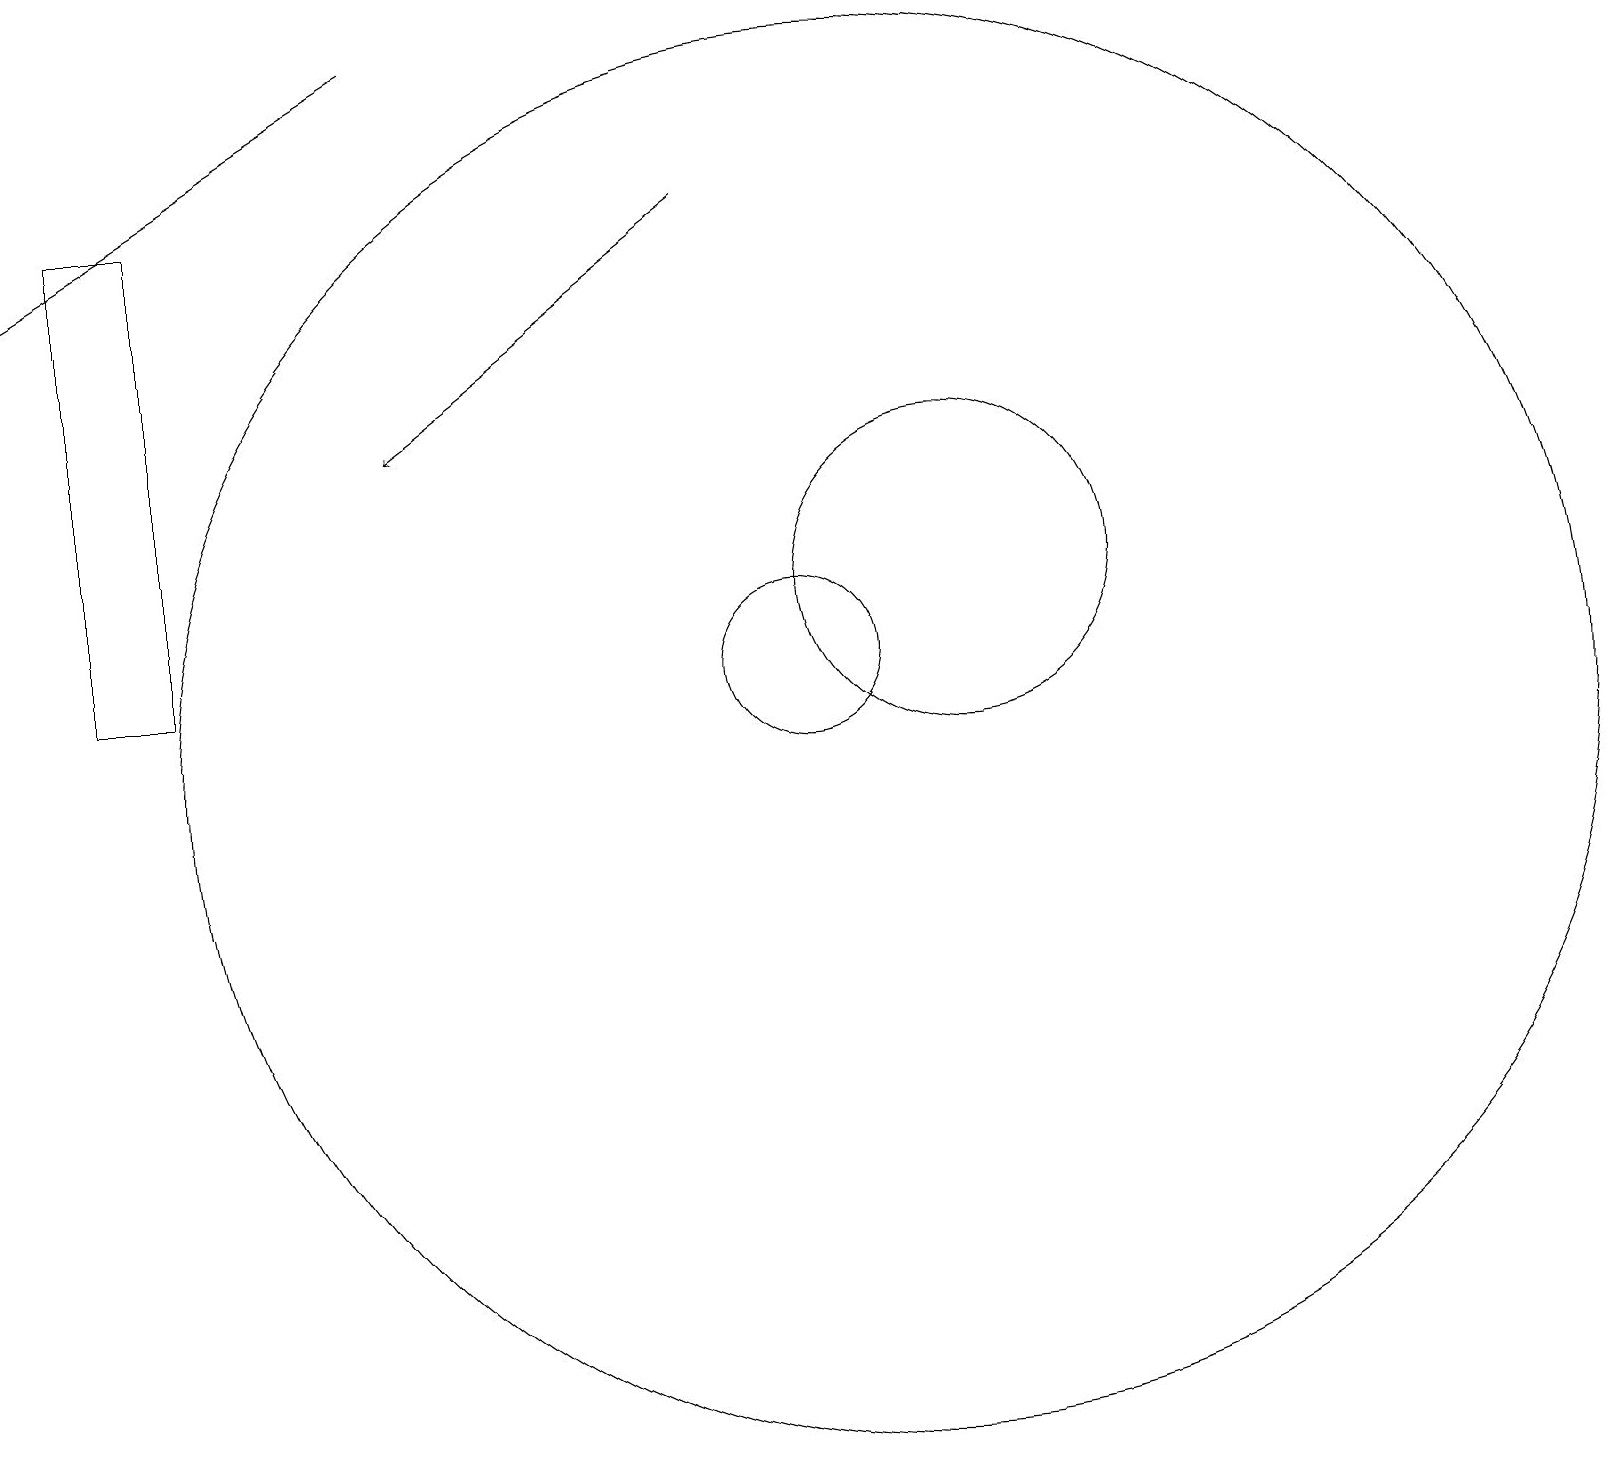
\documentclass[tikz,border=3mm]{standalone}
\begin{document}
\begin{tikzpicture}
\draw[->] (5,19) -- (0,16);
\draw (11,10) circle (9);
\draw (10,11) circle (1);
\draw (12,12) circle (2);
\draw (1,17) rectangle (2,11);
\draw[->] (9,17) -- (5,14);
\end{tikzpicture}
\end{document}